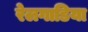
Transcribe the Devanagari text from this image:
रेलगाडिया